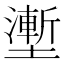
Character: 壍